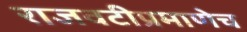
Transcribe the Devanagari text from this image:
राजवटीप्रमाणेच